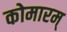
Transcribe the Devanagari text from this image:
कोमारम्